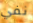
نفي